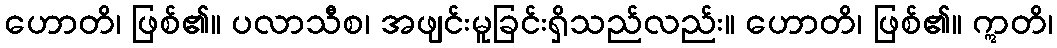
ဟောတိ၊ ဖြစ်၏။ ပလာသီစ၊ အဖျင်းမူခြင်းရှိသည်လည်း။ ဟောတိ၊ ဖြစ်၏။ ဣတိ၊